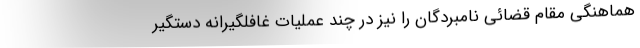
هماهنگی مقام قضائی نامبردگان را نیز در چند عملیات غافلگیرانه دستگیر